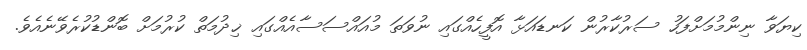
ކިޔަވާ ނިންމުމަށްފަހު ސަރުކާރުން ކަނޑައަޅާ އޮފީހެއްގައި ނުވަތަ މުއައްސަސާއެއްގައި ޚިދުމަތް ކުރުމަށް ބޮންޑުކުރެވޭނެއެވެ.